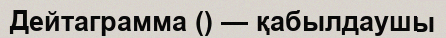
Дейтаграмма () — қабылдаушы